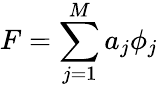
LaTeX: F=\sum_{j=1}^{M}a_{j}\phi_{j}